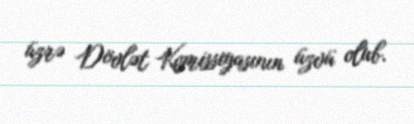
üzrə Dövlət Komissiyasının üzvü olub.